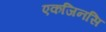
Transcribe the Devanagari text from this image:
एकजिनसि